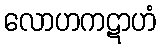
လောဟကဋာဟံ